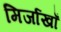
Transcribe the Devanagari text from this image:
मिर्जाखाँ